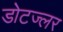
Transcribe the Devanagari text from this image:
डोटज्लर